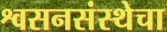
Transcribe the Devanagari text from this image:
श्वसनसंस्थेचा